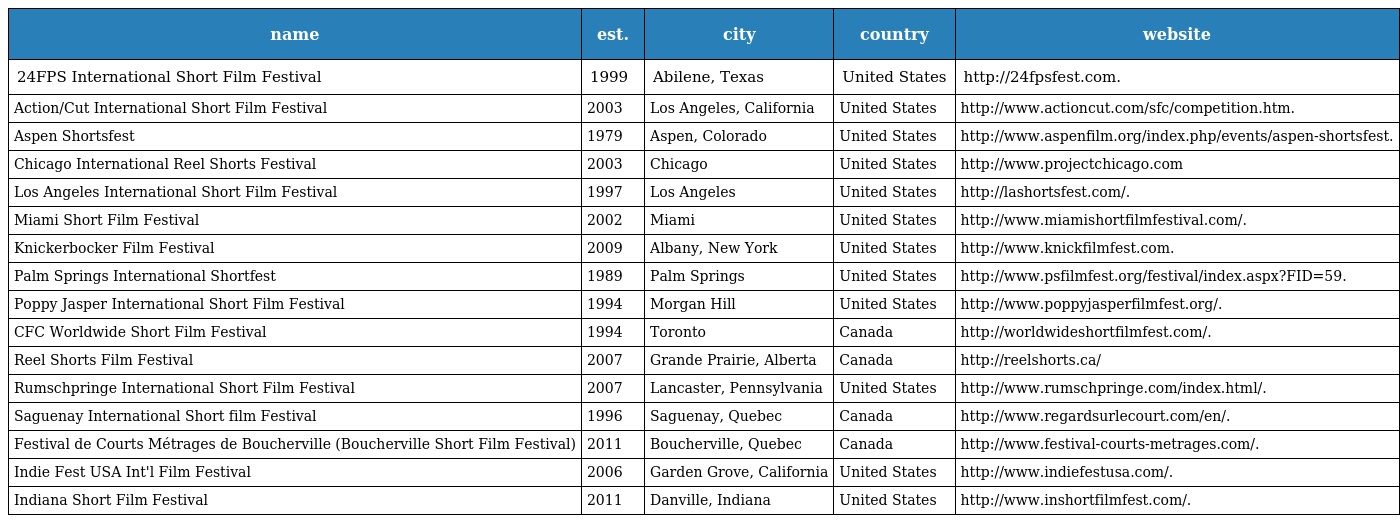
| name | est. | city | country | website |
 | --- | --- | --- | --- | --- |
 | 24FPS International Short Film Festival | 1999 | Abilene, Texas | United States | http://24fpsfest.com. |
 | Action/Cut International Short Film Festival | 2003 | Los Angeles, California | United States | http://www.actioncut.com/sfc/competition.htm. |
 | Aspen Shortsfest | 1979 | Aspen, Colorado | United States | http://www.aspenfilm.org/index.php/events/aspen-shortsfest. |
 | Chicago International Reel Shorts Festival | 2003 | Chicago | United States | http://www.projectchicago.com |
 | Los Angeles International Short Film Festival | 1997 | Los Angeles | United States | http://lashortsfest.com/. |
 | Miami Short Film Festival | 2002 | Miami | United States | http://www.miamishortfilmfestival.com/. |
 | Knickerbocker Film Festival | 2009 | Albany, New York | United States | http://www.knickfilmfest.com. |
 | Palm Springs International Shortfest | 1989 | Palm Springs | United States | http://www.psfilmfest.org/festival/index.aspx?FID=59. |
 | Poppy Jasper International Short Film Festival | 1994 | Morgan Hill | United States | http://www.poppyjasperfilmfest.org/. |
 | CFC Worldwide Short Film Festival | 1994 | Toronto | Canada | http://worldwideshortfilmfest.com/. |
 | Reel Shorts Film Festival | 2007 | Grande Prairie, Alberta | Canada | http://reelshorts.ca/ |
 | Rumschpringe International Short Film Festival | 2007 | Lancaster, Pennsylvania | United States | http://www.rumschpringe.com/index.html/. |
 | Saguenay International Short film Festival | 1996 | Saguenay, Quebec | Canada | http://www.regardsurlecourt.com/en/. |
 | Festival de Courts Métrages de Boucherville (Boucherville Short Film Festival) | 2011 | Boucherville, Quebec | Canada | http://www.festival-courts-metrages.com/. |
 | Indie Fest USA Int'l Film Festival | 2006 | Garden Grove, California | United States | http://www.indiefestusa.com/. |
 | Indiana Short Film Festival | 2011 | Danville, Indiana | United States | http://www.inshortfilmfest.com/. |